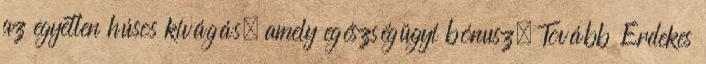
az egyetlen húsos kivágás, amely egészségügyi bónusz. Tovább Érdekes